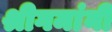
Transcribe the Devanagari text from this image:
श्रीगमांनी